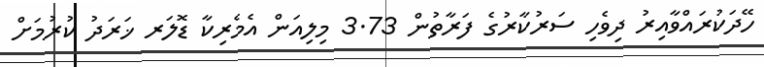
ހޭދަކުރައްވާއިރު ދިވެހި ސަރުކާރުގެ ފަރާތުން 3.73 މިލިއަން އެމެރިކާ ޑޮލަރ ޚަރަދު ކުރުމަށް